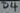
Text: b4